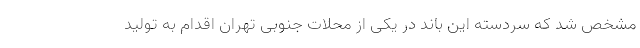
مشخص شد که سردسته این باند در یکی از محلات جنوبی تهران اقدام به تولید